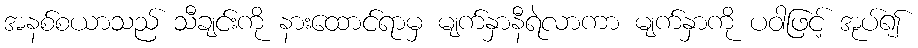
အနစ်စယာသည် သီချင်းကို နားထောင်ရာမှ မျက်နှာနီရဲလာကာ မျက်နှာကို ပဝါဖြင့် အုပ်၍